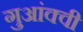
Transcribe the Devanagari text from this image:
गुआंक्वी